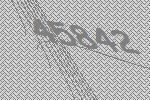
45842